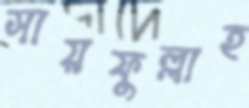
সায়ফুল্লাহ